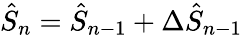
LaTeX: \hat{S}_{n}=\hat{S}_{n-1}+\Delta\hat{S}_{n-1}